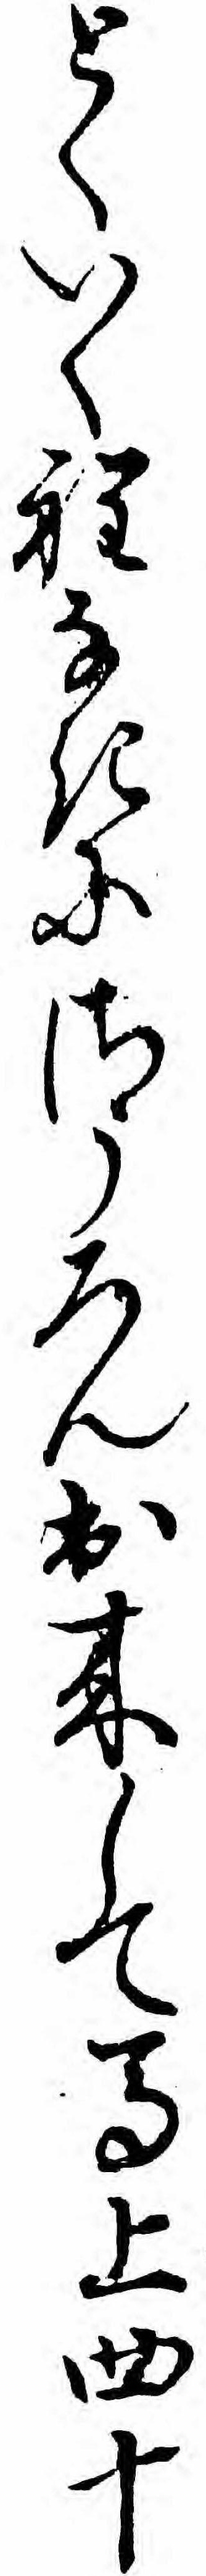
とくいく程なきにさうろん出来して馬上四十